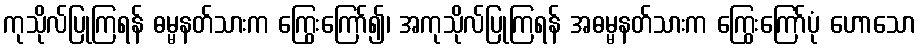
ကုသိုလ်ပြုကြရန် ဓမ္မနတ်သားက ကြွေးကြော်၍၊ အကုသိုလ်ပြုကြရန် အဓမ္မနတ်သားက ကြွေးကြော်ပုံ ဟောသော